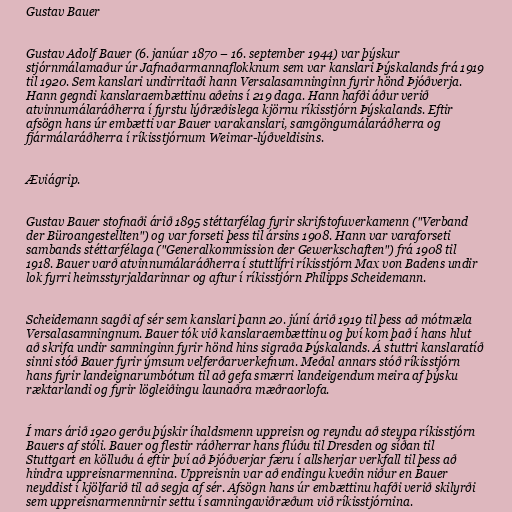
Gustav Bauer

Gustav Adolf Bauer (6. janúar 1870 – 16. september 1944) var þýskur
stjórnmálamaður úr Jafnaðarmannaflokknum sem var kanslari Þýskalands frá 1919
til 1920. Sem kanslari undirritaði hann Versalasamninginn fyrir hönd Þjóðverja.
Hann gegndi kanslaraembættinu aðeins í 219 daga. Hann hafði áður verið
atvinnumálaráðherra í fyrstu lýðræðislega kjörnu ríkisstjórn Þýskalands. Eftir
afsögn hans úr embætti var Bauer varakanslari, samgöngumálaráðherra og
fjármálaráðherra í ríkisstjórnum Weimar-lýðveldisins.

Æviágrip.

Gustav Bauer stofnaði árið 1895 stéttarfélag fyrir skrifstofuverkamenn ("Verband
der Büroangestellten") og var forseti þess til ársins 1908. Hann var varaforseti
sambands stéttarfélaga ("Generalkommission der Gewerkschaften") frá 1908 til
1918. Bauer varð atvinnumálaráðherra í stuttlífri ríkisstjórn Max von Badens undir
lok fyrri heimsstyrjaldarinnar og aftur í ríkisstjórn Philipps Scheidemann.

Scheidemann sagði af sér sem kanslari þann 20. júní árið 1919 til þess að mótmæla
Versalasamningnum. Bauer tók við kanslaraembættinu og því kom það í hans hlut
að skrifa undir samninginn fyrir hönd hins sigraða Þýskalands. Á stuttri kanslaratíð
sinni stóð Bauer fyrir ýmsum velferðarverkefnum. Meðal annars stóð ríkisstjórn
hans fyrir landeignarumbótum til að gefa smærri landeigendum meira af þýsku
ræktarlandi og fyrir lögleiðingu launaðra mæðraorlofa.

Í mars árið 1920 gerðu þýskir íhaldsmenn uppreisn og reyndu að steypa ríkisstjórn
Bauers af stóli. Bauer og flestir ráðherrar hans flúðu til Dresden og síðan til
Stuttgart en kölluðu á eftir því að Þjóðverjar færu í allsherjar verkfall til þess að
hindra uppreisnarmennina. Uppreisnin var að endingu kveðin niður en Bauer
neyddist í kjölfarið til að segja af sér. Afsögn hans úr embættinu hafði verið skilyrði
sem uppreisnarmennirnir settu í samningaviðræðum við ríkisstjórnina.